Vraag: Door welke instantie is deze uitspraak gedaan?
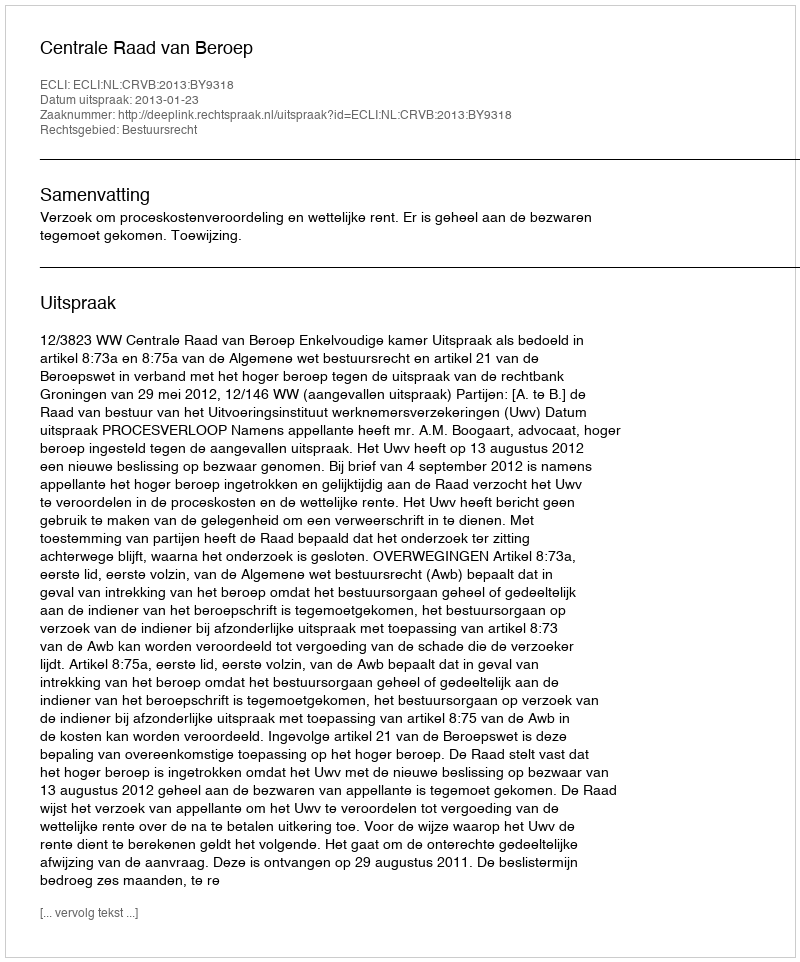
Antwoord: Centrale Raad van Beroep